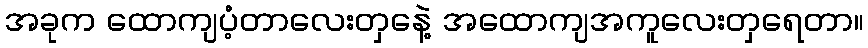
အခုက ထောကျပံ့တာလေးတှနေဲ့ အထောကျအကူလေးတှရေတာ။